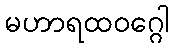
မဟာရထဝဂ္ဂေါ